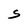
Character: S